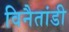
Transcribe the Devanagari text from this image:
विनैतांडी